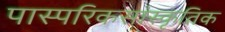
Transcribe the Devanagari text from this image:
पास्परिकसांस्कृतिक